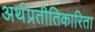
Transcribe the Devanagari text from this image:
अर्थप्रतीतिकारिता